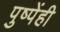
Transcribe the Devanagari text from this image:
पुष्पेंही